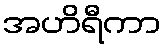
အဟိရီကာ